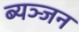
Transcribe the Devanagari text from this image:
ब्यञ्जन